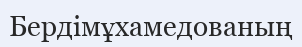
Бердімұхамедованың